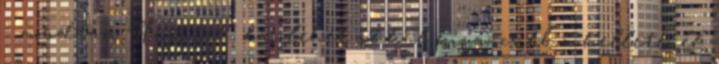
- mondtam Huginak, bár lehet sokkal kíváncsibb a kelleténél.